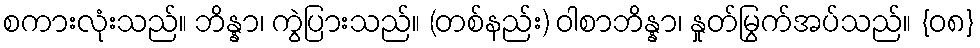
စကားလုံးသည်။ ဘိန္နာ၊ ကွဲပြားသည်။ (တစ်နည်း) ဝါစာဘိန္နာ၊ နှုတ်မြွက်အပ်သည်။ {၀၈}